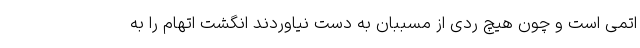
اتمی است و چون هیچ ردی از مسببان به دست نیاوردند انگشت اتهام را به